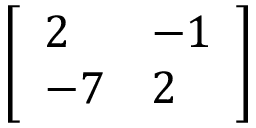
\left[ { \begin{array} { l l } { 2 } & { - 1 } \\ { - 7 } & { 2 } \end{array} } \right]